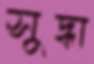
সুদ্ধা